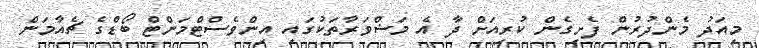
މިއަދު މެންދުރުން ފެށިގެން ކުރިއަށް ދާ އެ މަޝްވަރާތަކުގައި އިންވެސްޓްމަންޓް ބޯޑްގެ ޗެއާމަން